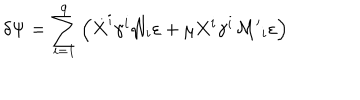
LaTeX: \delta \Psi = \sum _ { i = 1 } ^ { 9 } \left( \dot { X } ^ { i } \gamma ^ { i } { \cal { N } } _ { i } \varepsilon + \mu X ^ { i } \gamma ^ { i } { \cal { M ^ { \prime } } } _ { i } \varepsilon \right)